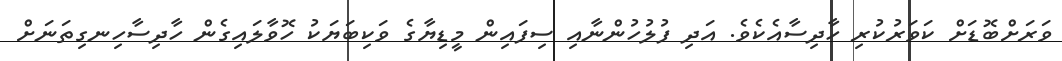
ވަރަށްބޮޑަށް ކަވަރުކުރި ހާދިސާއެކެވެ. އަދި ފުލުހުންނާއި ސިފައިން މީޑިޔާގެ ވަކިބަޔަކު ހޮވާލައިގެން ހާދިސާހިނގިތަނަށް